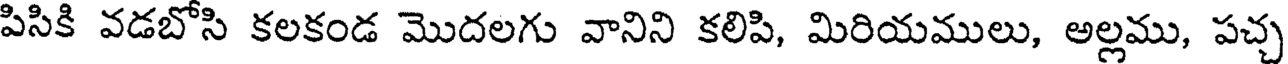
పిసికి వడబోసి కలకండ మొదలగు వానిని కలిపి, మిరియములు, అల్లము, పచ్చ